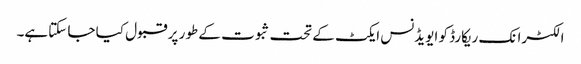
الکٹرانک ریکارڈ کو ایویڈنس ایکٹ کے تحت ثبوت کے طور پر قبول کیا جا سکتاہے۔